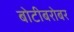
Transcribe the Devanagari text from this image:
बोटीबरोबर